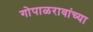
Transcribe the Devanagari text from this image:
गोपाळरावांच्या